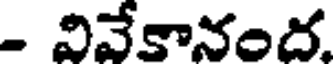
- వివేకానంద.